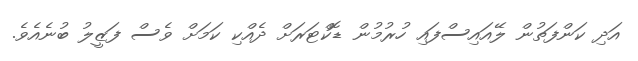
އަދި ކަންފަތުން ލޭއައިސްފައި ހުރުމުން ޑޮކްޓަރަށް ދެއްކި ކަމަށް ވެސް ފަޒީލު ބުނެއެވެ.